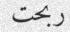
ربحت